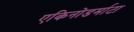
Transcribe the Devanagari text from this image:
एकिनोडर्माटा